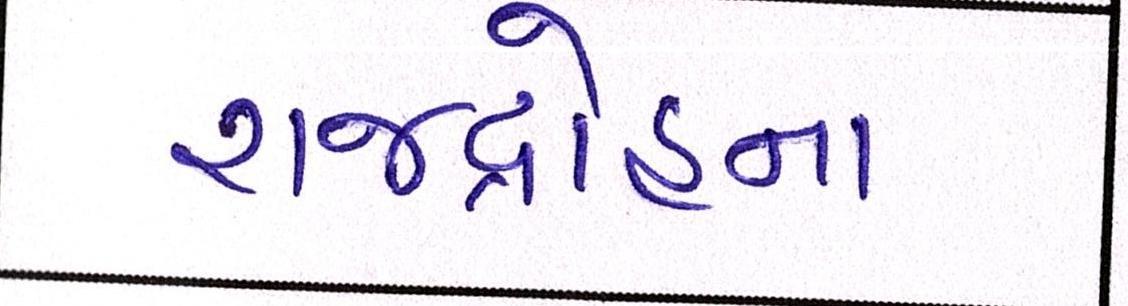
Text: રાજદ્રોહના